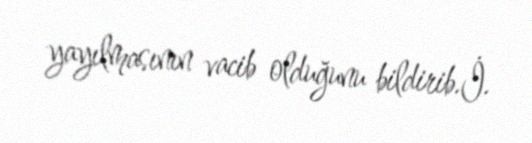
yayılmasının vacib olduğunu bildirib.İ.